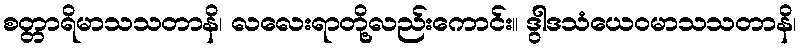
စတ္တာရိမာသသတာနိ၊ လလေးရာတို့လည်းကောင်း။ ဒွါဒသံယေဝမာသသတာနိ၊